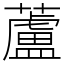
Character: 蘆